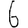
Digit: 6